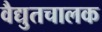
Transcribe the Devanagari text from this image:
वैद्युतचालक